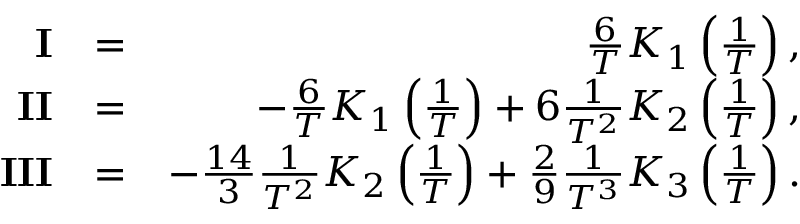
\begin{array} { r l r } { \mathbf { I } } & { = } & { \frac { 6 } { T } K _ { 1 } \left( \frac { 1 } { T } \right) , } \\ { \mathbf { I I } } & { = } & { - \frac { 6 } { T } K _ { 1 } \left( \frac { 1 } { T } \right) + 6 \frac { 1 } { T ^ { 2 } } K _ { 2 } \left( \frac { 1 } { T } \right) , } \\ { \mathbf { I I I } } & { = } & { - \frac { 1 4 } { 3 } \frac { 1 } { T ^ { 2 } } K _ { 2 } \left( \frac { 1 } { T } \right) + \frac { 2 } { 9 } \frac { 1 } { T ^ { 3 } } K _ { 3 } \left( \frac { 1 } { T } \right) . } \end{array}